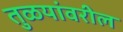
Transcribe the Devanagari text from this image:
तुळयांवरील